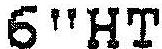
6"HT